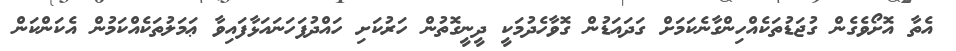
އެތާ އޮށޯވެގެން ގުޖަޑުތަކެއްހިންގާނެކަމަށް ގަދައަޑުން ގޮވާހެދުމަކީ ދީނީގޮތުން ހަރުކަށި ހައްދުފަހަނައަޅާފައިވާ ޢަމަލުތަކެއްކަމުން އެކަންކަން